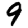
Digit: 9